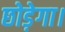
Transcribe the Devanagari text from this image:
छोड़ेगा।